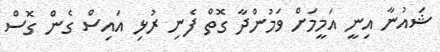
ޝައުނާ އިނީ އަމީމަށް ވަމުންދާ ގޮތް ފެނި ރުޅި އައިސް ގެން ގޮސް